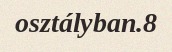
osztályban.8